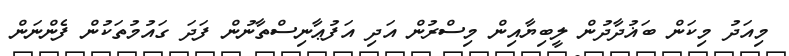
މިއަދު މިކަން ބަޣުދާދުން ލީބިޔާއިން މިސްރުން އަދި އަފުޢާނިސްތާނުން ފަދަ ގައުމުތަކުން ފެންނަން